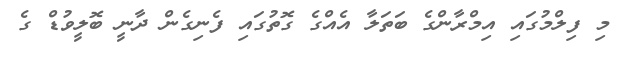
މި ފިލްމުގައި އިމްރާންގެ ބަތަލާ އެއްގެ ގޮތުގައި ފެނިގެން ދާނީ ބޮލީވުޑް ގެ